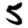
Digit: 5